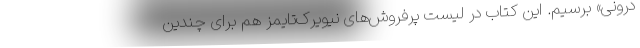
درونی» برسیم. این کتاب در لیست پرفروش‌های نیویرک‌تایمز هم برای چندین